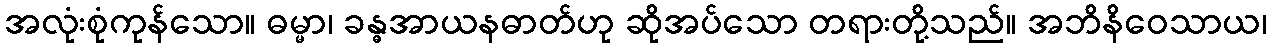
အလုံးစုံကုန်သော။ ဓမ္မာ၊ ခန္ဓအာယနဓာတ်ဟု ဆိုအပ်သော တရားတို့သည်။ အဘိနိဝေသာယ၊